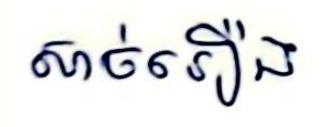
សាច់រឿង